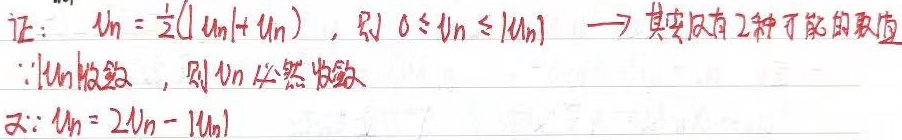
证：因为\(u_{n}=\frac{1}{2}(|u_{n}| + u_{n})\)，所以\(0\leq u_{n}\leq|u_{n}|\) 。这表明其实只有2种可能的取值。

又因为\(\because|u_{n}|\)收敛，根据相关定理，则\(u_{n}\)必然收敛。

另外，\(u_{n}=2u_{n}-|u_{n}|\) 。